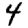
Digit: 4